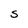
Character: S